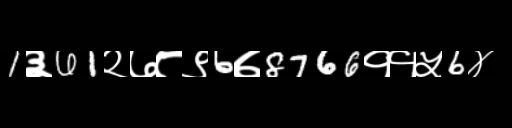
Text: 1३61२७८९6७8766११५6४